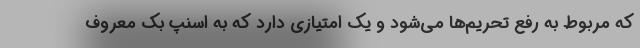
که مربوط به رفع تحریم‌ها می‌شود و یک امتیازی دارد که به اسنپ بک معروف